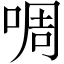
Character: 啁